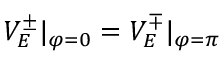
V _ { E } ^ { \pm } | _ { \varphi = 0 } = V _ { E } ^ { \mp } | _ { \varphi = \pi }